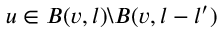
u \in B ( v , l ) \backslash B ( v , l - l ^ { \prime } )